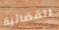
القضائية